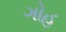
ગોહ